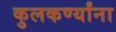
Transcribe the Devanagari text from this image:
कुलकर्ण्यांना